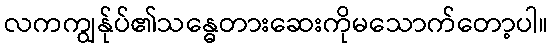
လကကျွန်ုပ်၏သန္ဓေတားဆေးကိုမသောက်တော့ပါ။